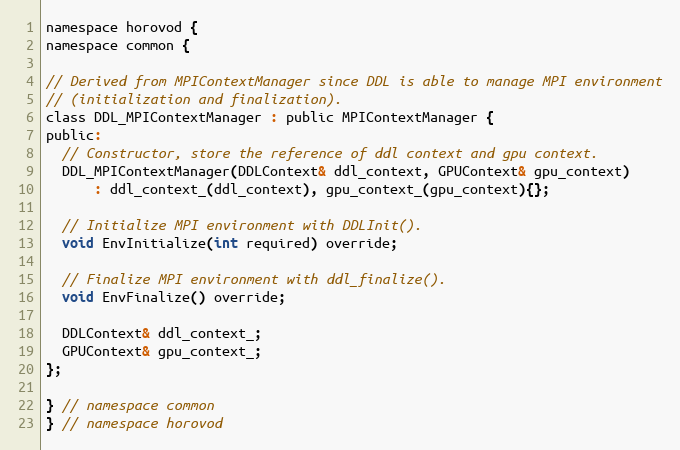
Language: C
namespace horovod {
namespace common {

// Derived from MPIContextManager since DDL is able to manage MPI environment
// (initialization and finalization).
class DDL_MPIContextManager : public MPIContextManager {
public:
  // Constructor, store the reference of ddl context and gpu context.
  DDL_MPIContextManager(DDLContext& ddl_context, GPUContext& gpu_context)
      : ddl_context_(ddl_context), gpu_context_(gpu_context){};

  // Initialize MPI environment with DDLInit().
  void EnvInitialize(int required) override;

  // Finalize MPI environment with ddl_finalize().
  void EnvFinalize() override;

  DDLContext& ddl_context_;
  GPUContext& gpu_context_;
};

} // namespace common
} // namespace horovod